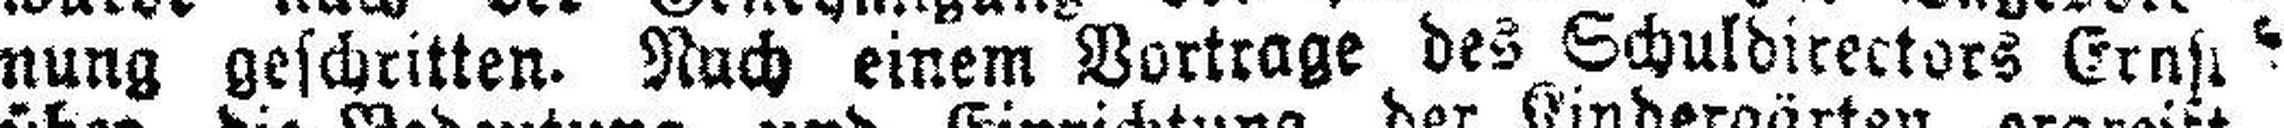
nung geschritten. Ruch einem Vortrage des Schuldirectors Erns###